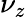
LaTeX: \nu_{z}